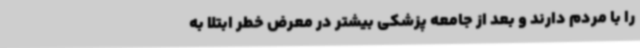
را با مردم دارند و بعد از جامعه پزشکی بیشتر در معرض خطر ابتلا به